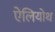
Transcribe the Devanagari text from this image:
ऐलियोथ